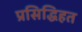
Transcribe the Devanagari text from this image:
प्रसिद्धिहत